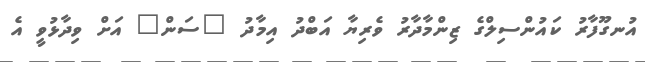
އުނގޫފާރު ކައުންސިލްގެ ޒިންމާދާރު ވެރިޔާ އަބްދު އިމާދު "ސަން" އަށް ވިދާޅުވީ އެ